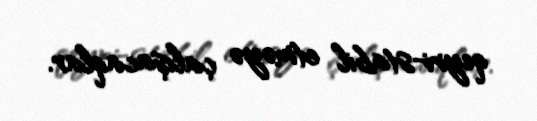
qeyri-stabil etməyə çalışacaqlar.